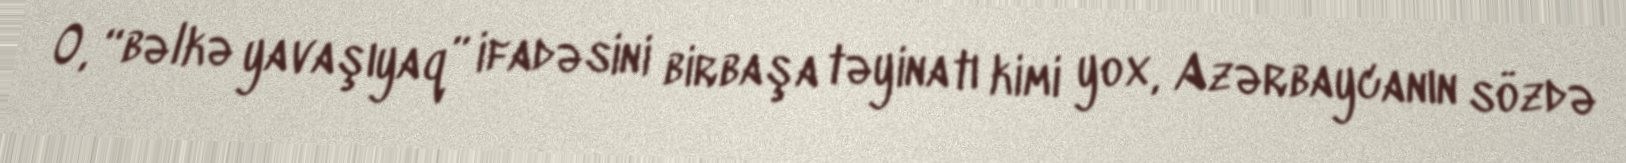
O, “bəlkə yavaşıyaq” ifadəsini birbaşa təyinatı kimi yox, Azərbaycanın sözdə